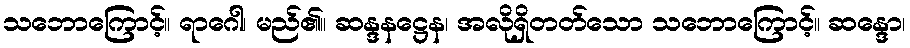
သဘောကြောင့်။ ရာဂေါ၊ မည်၏။ ဆန္ဒနဋ္ဌေန၊ အလိုရှိတတ်သော သဘောကြောင့်။ ဆန္ဒော၊